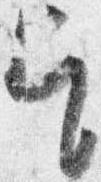
乞